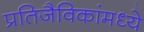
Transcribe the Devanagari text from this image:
प्रतिजैविकांमध्ये